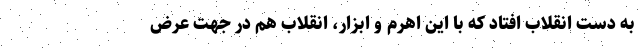
به دست انقلاب افتاد که با این اهرم و ابزار، انقلاب هم در جهت عرض